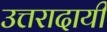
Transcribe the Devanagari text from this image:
उत्तरादायी